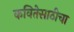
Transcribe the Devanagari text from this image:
कवितेसाठीचा